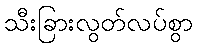
သီးခြားလွတ်လပ်စွာ